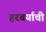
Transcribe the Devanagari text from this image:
हरबर्याची